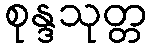
စုန္ဒသုတ္တ